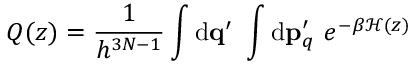
Q ( z ) = \frac { 1 } { h ^ { 3 N - 1 } } \int \ensuremath { \mathrm { d } } \mathbf { q } ^ { \prime } \ \int \ensuremath { \mathrm { d } } \mathbf { p } _ { q } ^ { \prime } \ e ^ { - \beta \mathcal { H } ( z ) }